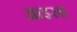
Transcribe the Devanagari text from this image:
आइसा